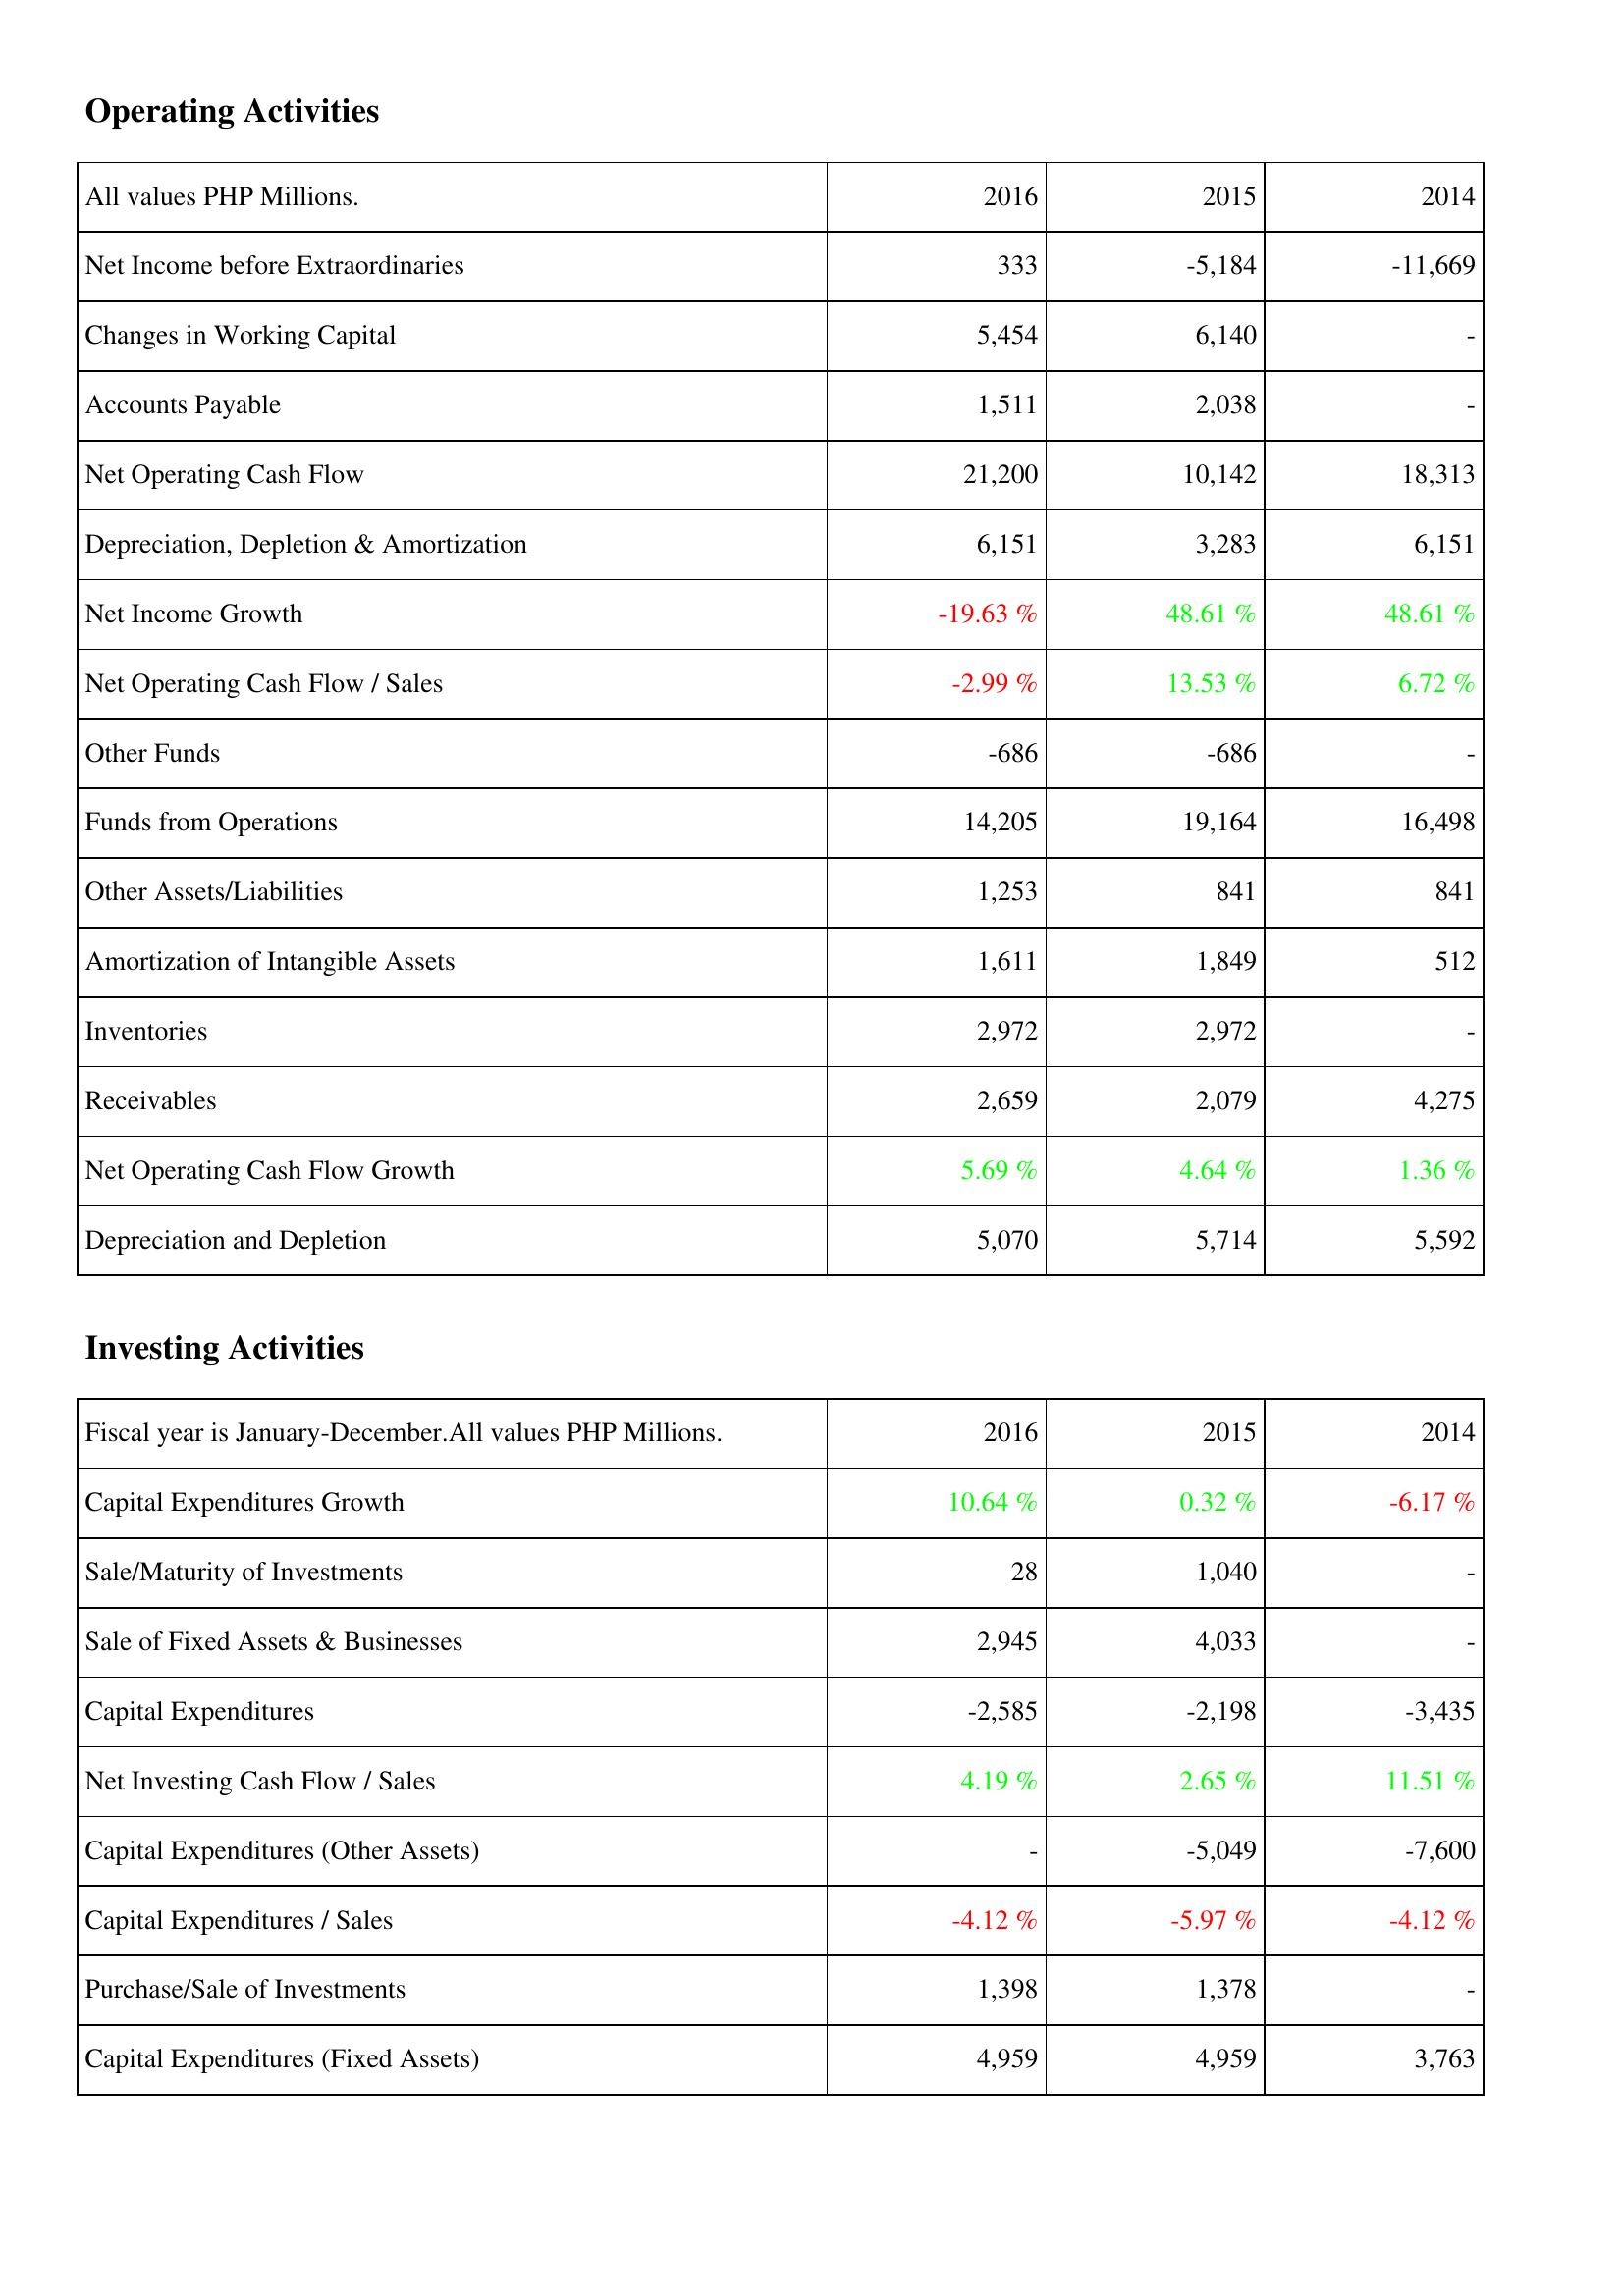
2016: Operating Activities: Net Income before Extraordinaries: 333
Changes in Working Capital: 5,454
Accounts Payable: 1,511
Net Operating Cash Flow: 21,200
Depreciation, Depletion & Amortization: 6,151
Net Income Growth: -19.63 %
Net Operating Cash Flow / Sales: -2.99 %
Other Funds: -686
Funds from Operations: 14,205
Other Assets/Liabilities: 1,253
Amortization of Intangible Assets: 1,611
Inventories: 2,972
Receivables: 2,659
Net Operating Cash Flow Growth: 5.69 %
Depreciation and Depletion: 5,070
Investing Activities: Capital Expenditures Growth: 10.64 %
Sale/Maturity of Investments: 28
Sale of Fixed Assets & Businesses: 2,945
Capital Expenditures: -2,585
Net Investing Cash Flow / Sales: 4.19 %
Capital Expenditures (Other Assets): -
Capital Expenditures / Sales: -4.12 %
Purchase/Sale of Investments: 1,398
Capital Expenditures (Fixed Assets): 4,959
2015: Operating Activities: Net Income before Extraordinaries: -5,184
Changes in Working Capital: 6,140
Accounts Payable: 2,038
Net Operating Cash Flow: 10,142
Depreciation, Depletion & Amortization: 3,283
Net Income Growth: 48.61 %
Net Operating Cash Flow / Sales: 13.53 %
Other Funds: -686
Funds from Operations: 19,164
Other Assets/Liabilities: 841
Amortization of Intangible Assets: 1,849
Inventories: 2,972
Receivables: 2,079
Net Operating Cash Flow Growth: 4.64 %
Depreciation and Depletion: 5,714
Investing Activities: Capital Expenditures Growth: 0.32 %
Sale/Maturity of Investments: 1,040
Sale of Fixed Assets & Businesses: 4,033
Capital Expenditures: -2,198
Net Investing Cash Flow / Sales: 2.65 %
Capital Expenditures (Other Assets): -5,049
Capital Expenditures / Sales: -5.97 %
Purchase/Sale of Investments: 1,378
Capital Expenditures (Fixed Assets): 4,959
2014: Operating Activities: Net Income before Extraordinaries: -11,669
Changes in Working Capital: -
Accounts Payable: -
Net Operating Cash Flow: 18,313
Depreciation, Depletion & Amortization: 6,151
Net Income Growth: 48.61 %
Net Operating Cash Flow / Sales: 6.72 %
Other Funds: -
Funds from Operations: 16,498
Other Assets/Liabilities: 841
Amortization of Intangible Assets: 512
Inventories: -
Receivables: 4,275
Net Operating Cash Flow Growth: 1.36 %
Depreciation and Depletion: 5,592
Investing Activities: Capital Expenditures Growth: -6.17 %
Sale/Maturity of Investments: -
Sale of Fixed Assets & Businesses: -
Capital Expenditures: -3,435
Net Investing Cash Flow / Sales: 11.51 %
Capital Expenditures (Other Assets): -7,600
Capital Expenditures / Sales: -4.12 %
Purchase/Sale of Investments: -
Capital Expenditures (Fixed Assets): 3,763